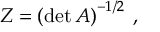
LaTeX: Z = \left( \operatorname * { d e t } A \right) ^ { - 1 / 2 } \: ,